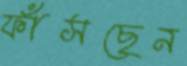
ফাঁসছেন